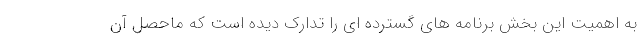
به اهمیت این بخش برنامه های گسترده ای را تدارک دیده است که ماحصل آن